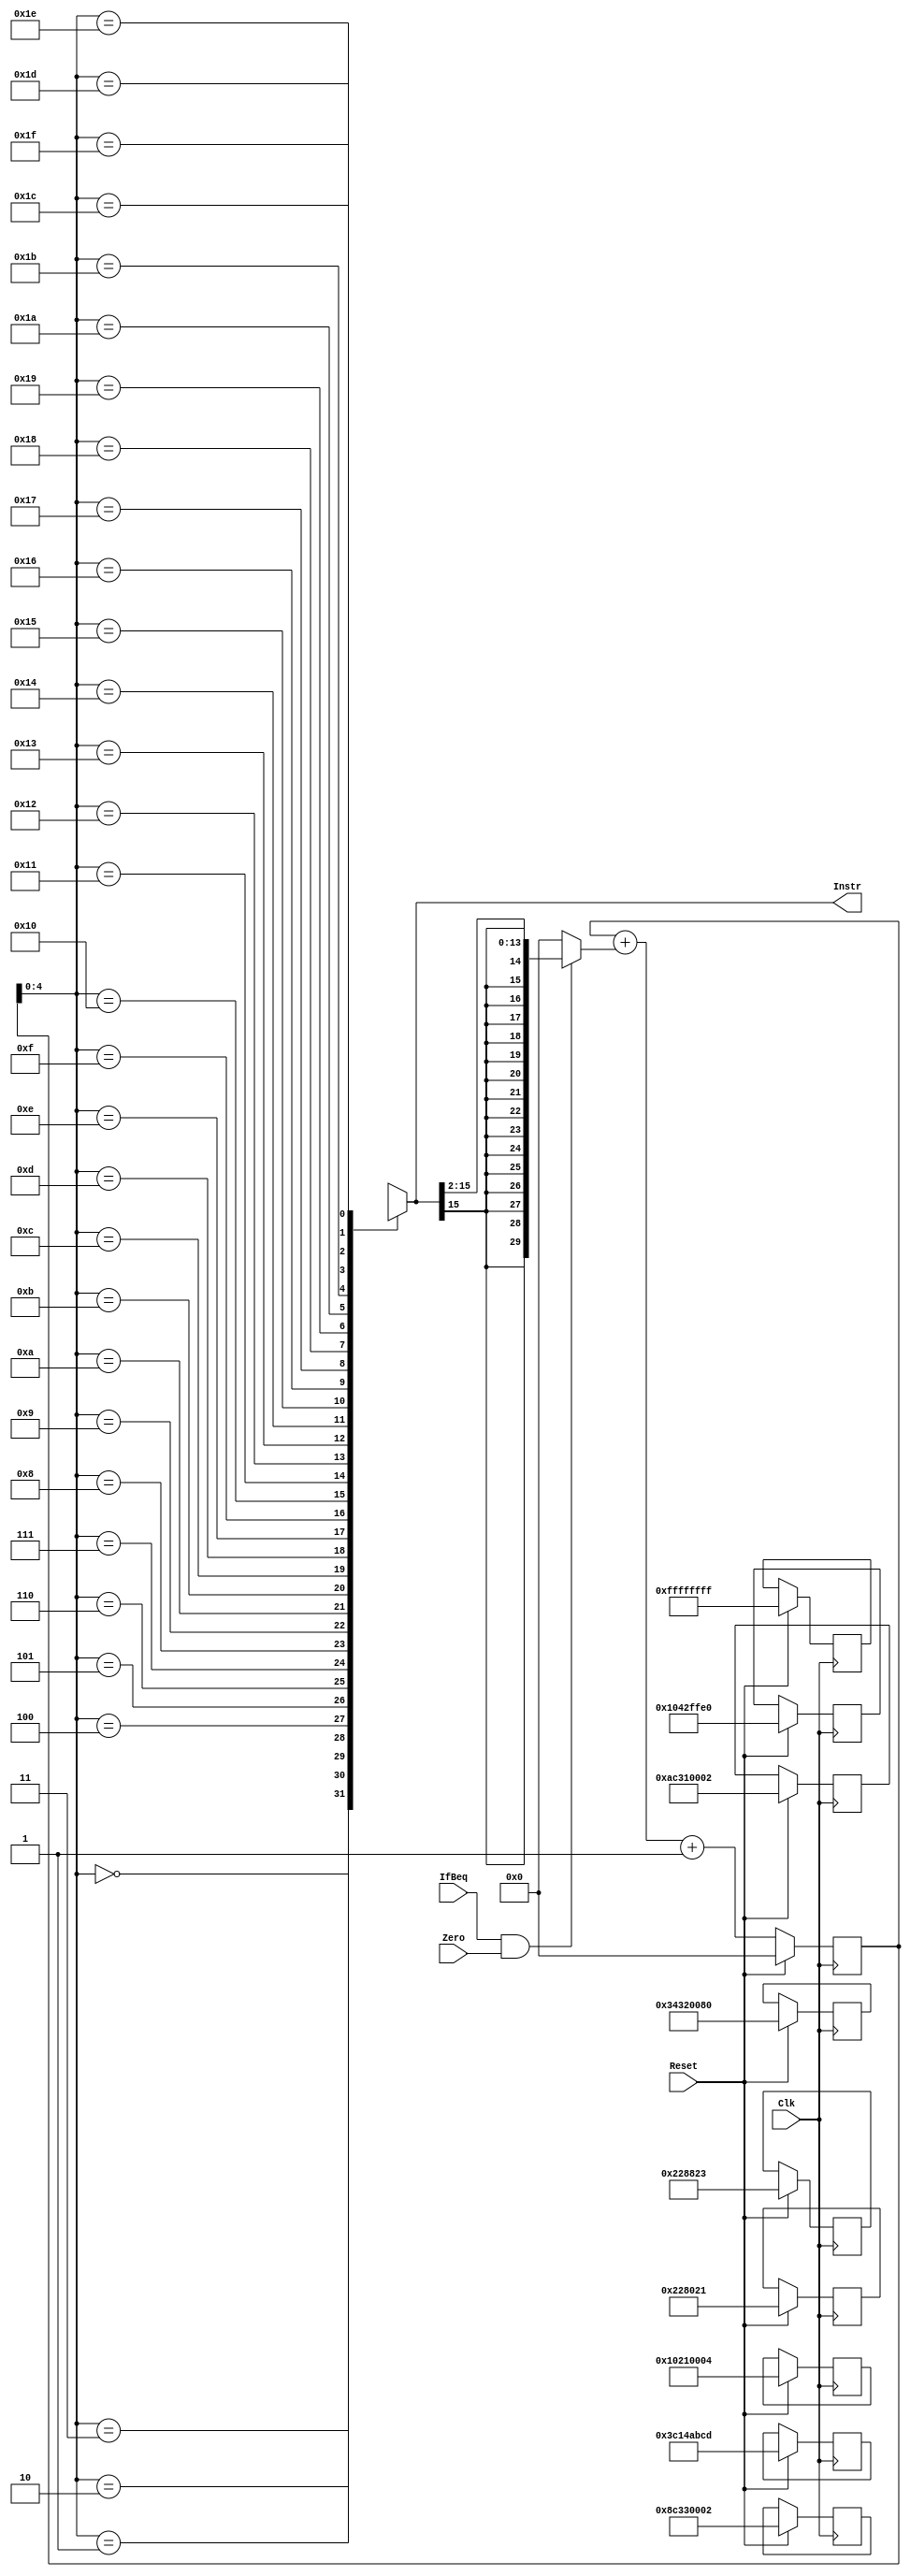
module ifu(
	input wire IfBeq,
	input wire Zero,
	input wire Clk,
	input wire Reset,
	output wire [31:0] Instr
);
	reg [31:0] M[0:31];
	reg [29:0] a;

	assign Instr=M[a[4:0]];

	wire sign_ex;
	wire [29:0] b;
	wire [29:0] sigma;
	// assign b=0;
	assign sigma=a+b+1;
	assign b=(IfBeq&Zero)?{{17{Instr[15]}},Instr[14:2]}:0;

	always @(posedge Clk)
	begin
		if(Reset)
		begin
			a=0;
			M[0]=32'h00228021;
			M[1]=32'h00228823;
			M[2]=32'h34320080;
			M[3]=32'h8c330002;
			M[4]=32'hac310002;
			M[5]=32'h3c14abcd;
			M[6]=32'h10210004;
			M[7]=32'hffffffff;
			M[8]=32'h1042ffe0;
		end
		else
		begin
			$display("ifu: a%d b%d 0x%h",a,b,Instr);
			a=sigma;
		end
	end
	
endmodule